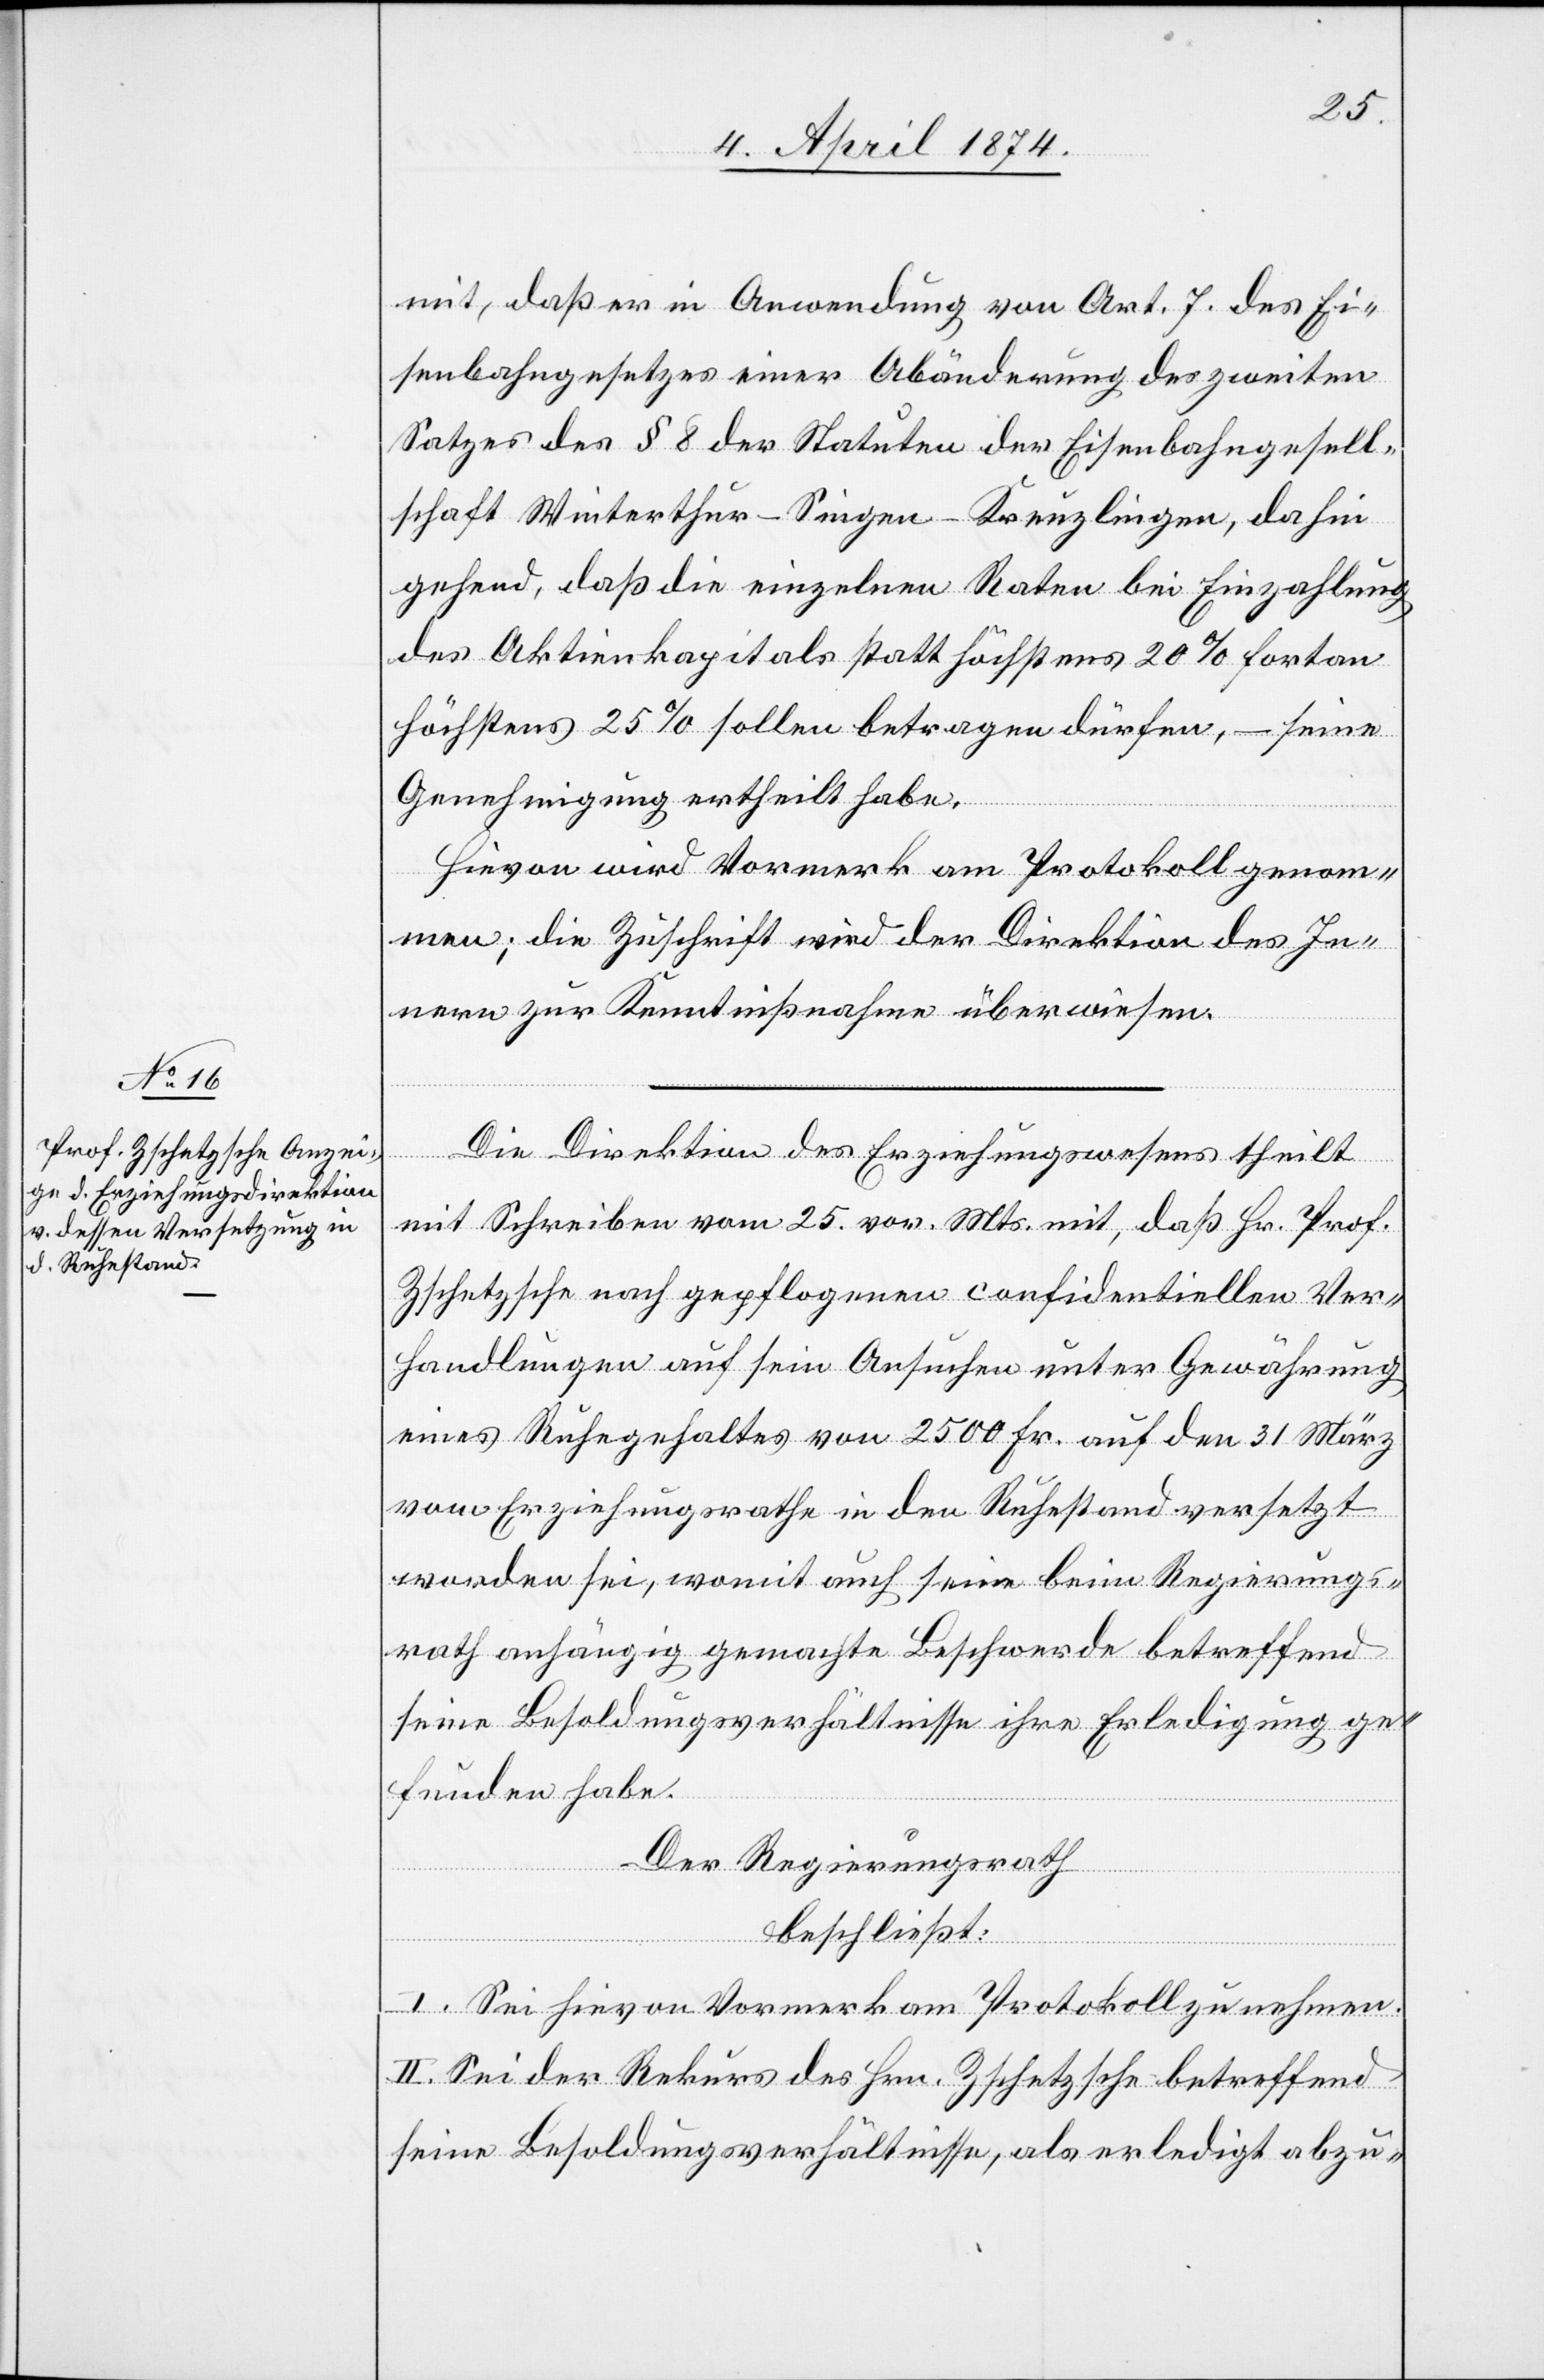
mit, daß er in Anwendung von Art. 7 des Ei¬
senbahngesetzes einer Abänderung des zweiten
Satzes des § 8 der Statuten der Eisenbahngesell¬
schaft Winterthur-Singen-Kreuzlingen, dahin
gehend, daß die einzelnen Raten bei Einzahlung
des Aktivkapitals statt höchstens 20% fortan
höchstens 25% sollen betragen dürfen, – seine
Genehmigung ertheilt habe.
Hievon wird Vormerk am Protokoll genom¬
men; die Zuschrift wird der Direktion des In¬
nern zur Kenntnißnahme überwiesen.
Die Direktion des Erziehungswesens theilt
mit Schreiben vom 25. vor. Mts. mit, daß Hr. Prof.
Zschetzsche nach gepflogenen confidentiellen Ver¬
handlungen auf sein Ansuchen unter Gewährung
eines Ruhegehaltes von 2500 Fr. auf den 31. März
vom Erziehungsrathe in den Ruhestand versetzt
worden sei, womit auch seine beim Regierungs¬
rath anhängig gemachte Beschwerde betreffend
seine Besoldungsverhältnisse ihre Erledigung ge¬
funden habe.
Der Regierungsrath
beschließt:
I. Sei hievon Vormerk am Protokoll zu nehmen.
II. Sei der Rekurs des Hrn. Zschetzsche betreffend
seine Besoldungsverhältnisse, als erledigt abzu-